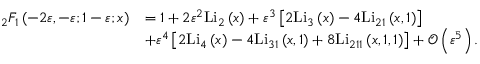
\begin{array} { r l } { _ { 2 } F _ { 1 } \left( - 2 \varepsilon , - \varepsilon ; 1 - \varepsilon ; x \right) } & { = 1 + 2 \varepsilon ^ { 2 } \mathrm { L i } _ { 2 } \left( x \right) + \varepsilon ^ { 3 } \left[ 2 \mathrm { L i } _ { 3 } \left( x \right) - 4 \mathrm { L i } _ { 2 1 } \left( x , 1 \right) \right] } \\ & { + \varepsilon ^ { 4 } \left[ 2 \mathrm { L i } _ { 4 } \left( x \right) - 4 \mathrm { L i } _ { 3 1 } \left( x , 1 \right) + 8 \mathrm { L i } _ { 2 1 1 } \left( x , 1 , 1 \right) \right] + { \mathcal O } \left( \varepsilon ^ { 5 } \right) . } \end{array}